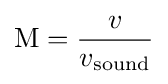
\mathrm {M} ={\frac {v}{v_{\mathrm {sound} }}}